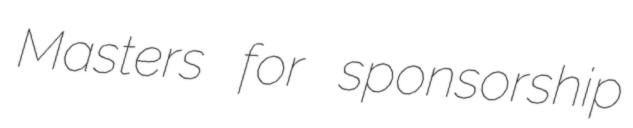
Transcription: Masters for sponsorship